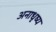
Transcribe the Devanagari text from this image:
अनाधृष्य